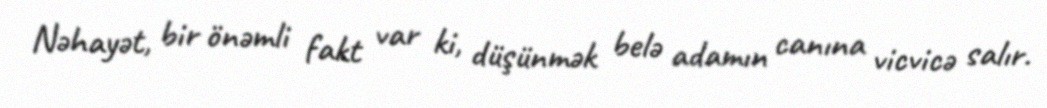
Nəhayət, bir önəmli fakt var ki, düşünmək belə adamın canına vicvicə salır.